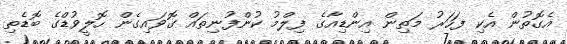
އެގޮތުން އެކި ފަހަރު މަތިން އިންޑިއާގެ ފިލްމު ކުންފުނިތައް ގޮވައިގެން ހޮލީވުޑްގެ ބޮޑެތި